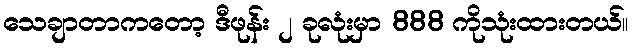
သေချာတာကတော့ ဒီဖုန်း ၂ ခုလုံးမှာ 888 ကိုသုံးထားတယ်။